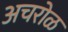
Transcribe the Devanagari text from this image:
अचरोळ